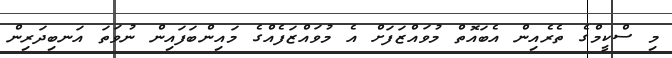
މި ސްކީމްގެ ތެރެއިން އެބައޮތް މުވައްޒަފަށް އެ މުވައްޒަފެއްގެ މައިންބަފައިން ނުވަތަ އަނބިދަރިން